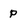
Character: p